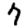
Digit: 7